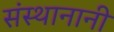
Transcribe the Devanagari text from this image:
संस्थानानी